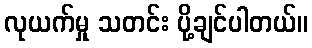
လုယက်မှု သတင်း ပို့ချင်ပါတယ်။